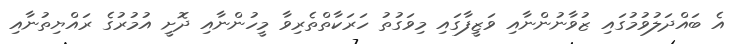
އެ ބައްދަލުވުމުގައި ޒުވާނުންނާއި ވަޒީފާގައި މިވަގުތު ހަރަކާތްތެރިވާ މީހުންނާއި ދޮށީ އުމުރުގެ ރައްޔިތުނާއި